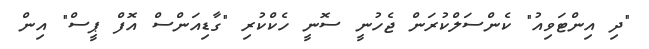
"ދި އިންޓަވިއު" ކެންސަލްކުރަން ޖެހުނީ ސޮނީ ހެކްކުރި "ގާޑިއަންސް އޮފް ޕީސް" އިން